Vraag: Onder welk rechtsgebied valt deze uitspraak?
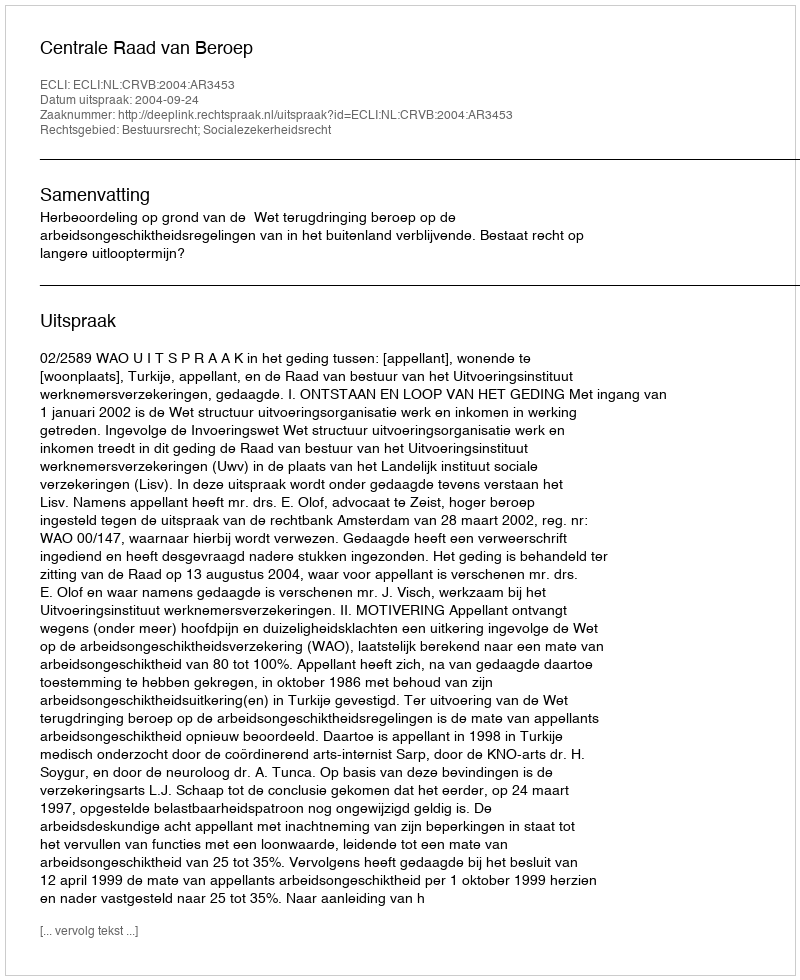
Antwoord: Bestuursrecht; Socialezekerheidsrecht